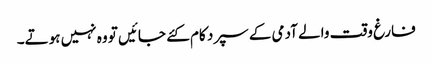
فارغ وقت والے آدمی کے سپرد کام کئے جائیں تو وہ نہیں ہوتے۔